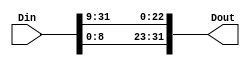
module LEA_ROR9(Din,Dout);

input [31:0] Din;
output [31:0] Dout;

assign Dout[31:0] = {Din[8:0], Din[31:9]};

endmodule